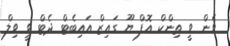
ވެން ވީ ތިންކް އޮފް ޔޫ ގައިޒް އައިބެޓް ދެޓް ވީ ވިލް